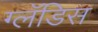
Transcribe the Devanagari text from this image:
ग्लॅडिस